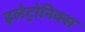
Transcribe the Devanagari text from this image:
इलेट्रोनिक्स